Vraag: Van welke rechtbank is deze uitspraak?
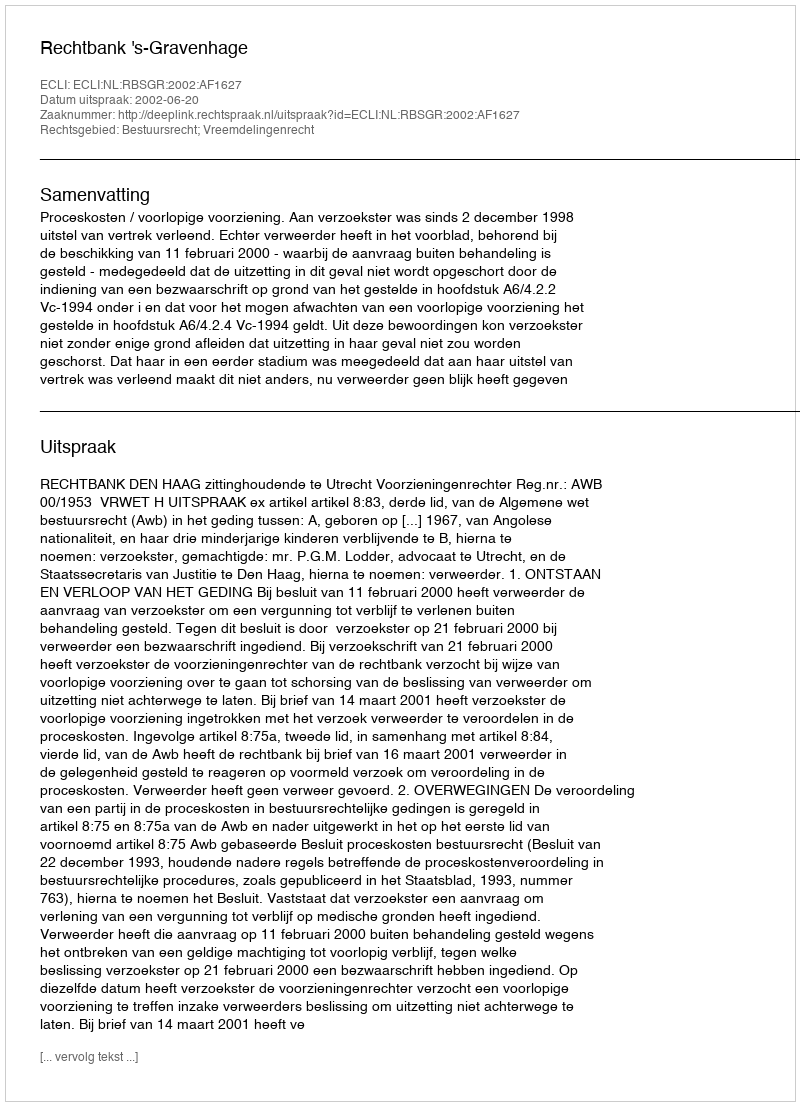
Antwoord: Rechtbank 's-Gravenhage